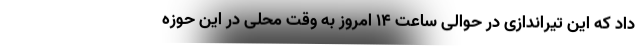
داد که این تیراندازی در حوالی ساعت ۱۴ امروز به وقت محلی در این حوزه